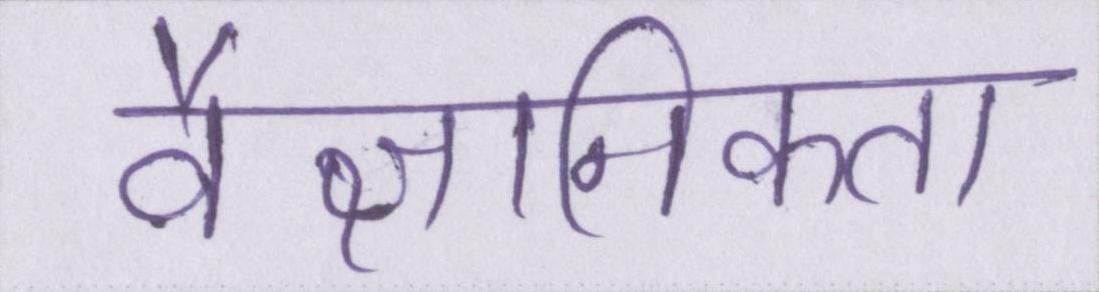
वैज्ञानिकता